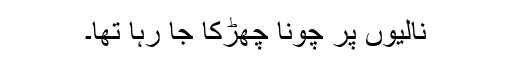
نالیوں پر چونا چھڑکا جا رہا تھا۔